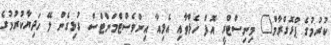
ކުރުމުގެ ޕްރޮގްރާމް" މިނިސްޓްރީ އޮފް ހެލްތާއި އެލިއާ އިންވެސްޓްމަންޓްސް ގުޅިގެން ލޭ ހަދިޔާކުރުމުގެ